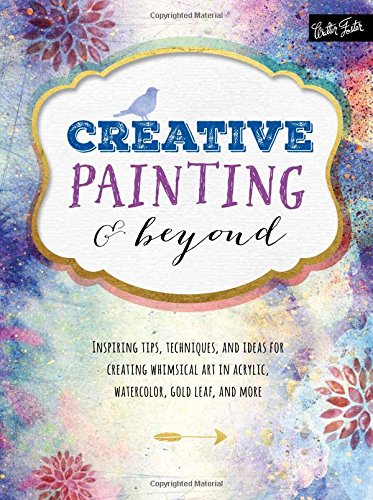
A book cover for Creative Painting & Beyond: Inspiring tips, techniques, and ideas for creating whimsical art in acrylic, watercolor, gold leaf, and more (Creative...and Beyond); Alix Adams; Arts & Photography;